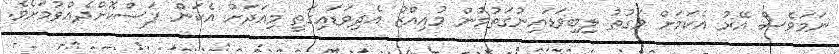
ނަމަވެސް އޭރު އެކަމަށް ވަގުތު ލިބިވަޑައިނުގަތުމުން މުއިއްޒު އެދިވަޑައިގަތީ މިއަދަށް އެކަން ފަސްކޮށްދެއްވުމަށެވެ.